Vaccination in Bombay 1902-1912 - 1902-1912
Year: 1902
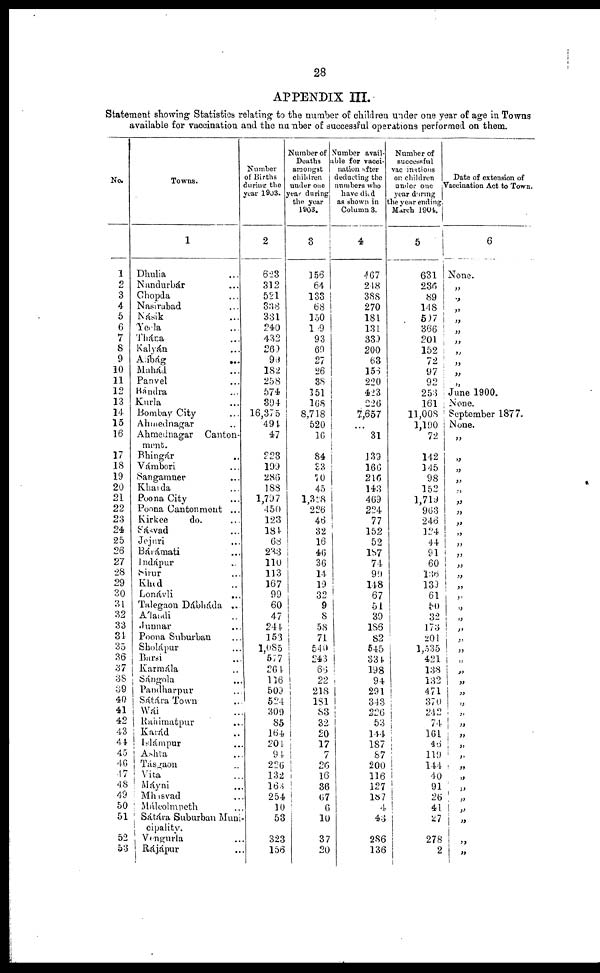
28
APPENDIX III.
Statement showing Statistics relating to the number of children under one year of age in Towns
available for vaccination and the number of successful operations performed on them.
No.
1
2
3
4
5
6
7
8
9
10
11
12
13
14
15
16
17
18
19
20
21
22
23
24
25
26
27
28
29
30
31
32
33
34
35
36
37
38
39
40
41
42
43
44
45
46
47
48
49
50
51
52
53
Towns.
1
Dhulia ...
Nandurbár ...
Chopda ...
Nasirabad ...
Násik ...
Yeola ...
Thána ...
Kalyán ...
Alíbág
...
Mahád ...
Panvel ...
Bándra ...
Kurla ...
Bombay City ...
Ahmednagar ...
Ahmednagar Canton-
ment.
Bhingár ...
Vámbori ...
Sangamner ...
Khanda ...
Poona City ...
Poona Cantonment ...
Kirkee
do. ...
Sásvad ...
Jejuri ...
Bárámati ...
Indápur ...
Sirur ...
Khed ...
Lonávli
...
Talegaon Dábháda ...
Álandi ...
Junnar ...
Poona Suburban ...
Sholápur ...
Barsi ...
Karmála ...
Sángola ...
Pandharpur ...
Sátára Town ...
Wái ...
Rahimatpur ...
Karád ...
Islámpur ...
Ashta ...
Tásgaon ...
Vita ...
Máyni ...
Mhusvad ...
Málcolmpeth ...
Sátára Suburban Muni-
cipality.
Vengurla ...
Rájápur ...
Number
of Births
during the
year 1903.
2
623
312
521
338
331
240
432
269
96
182
258
574
394
16,375
494
47
223
199
286
188
1,797
450
123
184
68
233
110
113
167
99
60
47
244
153
1,085
577
264
116
509
524
309
85
164
204
94
226
132
163
254
10
53
323
156
Number of
Deaths
amongst
children
under one
year during
the year
1903.
3
156
64
133
68
150
109
93
69
27
26
38
151
168
8,718
520
16
84
33
70
45
1,328
226
46
32
16
46
36
14
19
32
9
8
58
71
540
243
66
22
218
181
83
32
20
17
7
26
16
36
67
6
10
37
20
Number avail-
able for vacci-
nation after
deducting the
numbers who
have died
as shown in
Column 3.
4
467
248
388
270
181
131
339
200
63
156
220
423
226
7,657
...
31
139
166
216
143
469
224
77
152
52
187
74
90
148
67
51
39
186
82
545
334
198
94
291
343
226
53
144
187
87
200
116
127
187
4
43
286
136
Number of
successful
vaccinations
on children
under one
year during
the year ending
March 1904.
5
631
236
89
148
507
366
201
152
72
97
92
253
161
11,008
1,190
72
142
145
98
152
1,719
963
246
124
44
91
60
136
139
61
50
32
173
201
1,535
421
133
132
471
370
242
74
161
46
119
144
40
91
26
41
27
278
2
Date of extension of
Vaccination Act to Town.
6
None.
„
„
„
„
„
„
„
„
„
„
June 1900.
None.
September 1877.
None.
„
„
„
„
„
„
„
„
„
„
„
„
„
„
„
„
„
„
„
„
„
„
„
„
„
„
„
„
„
„
„
„
„
„
„
„
„
„